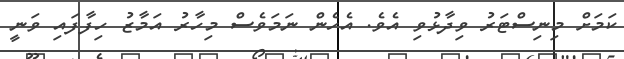
ކަމަށް މިނިސްޓަރު ވިދާޅުވި އެވެ. އެހެން ނަމަވެސް މިހާރު އަމާޒު ހިފާފައި ވަނީ